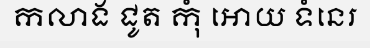
កលាង ជូត កុំ អោយ ទំនេរ